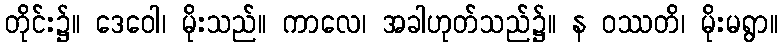
တိုင်း၌။ ဒေဝေါ၊ မိုးသည်။ ကာလေ၊ အခါဟုတ်သည်၌။ န ဝဿတိ၊ မိုးမရွာ။